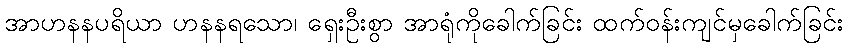
အာဟနနပရိယာ ဟနနရသော၊ ရှေးဦးစွာ အာရုံကိုခေါက်ခြင်း ထက်ဝန်းကျင်မှခေါက်ခြင်း